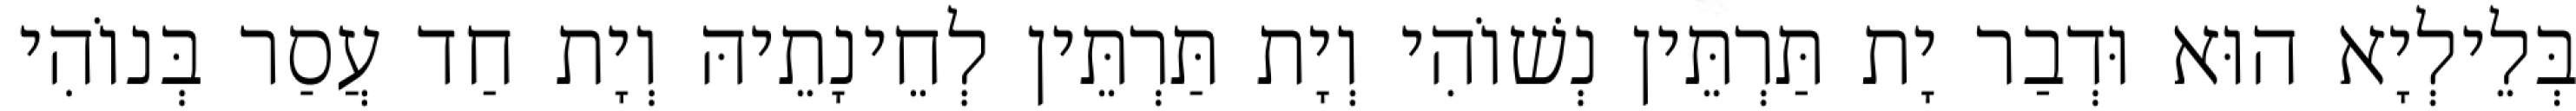
בְּלֵילְיָא הוּא וּדְבַר יָת תַּרְתֵּין נְשׁוֹהִי וְיָת תַּרְתֵּין לְחֵינָתֵיהּ וְיָת חַד עֲסַר בְּנוֹהִי